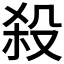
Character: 殺